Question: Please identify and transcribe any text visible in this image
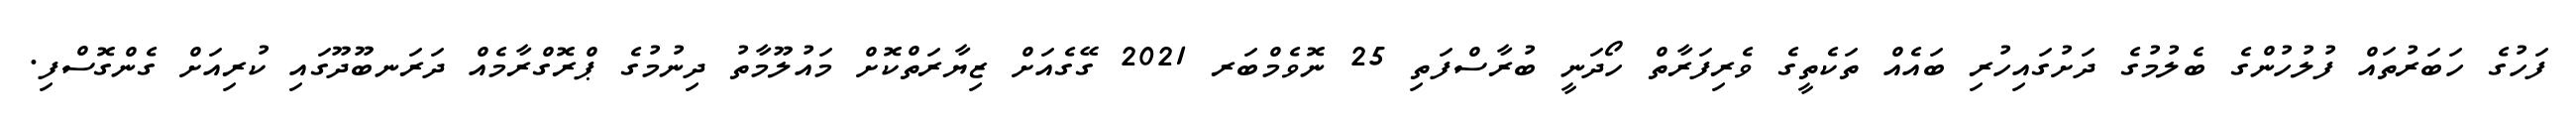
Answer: ފަހުގެ ހަބަރުތައް ފުލުހުންގެ ބެލުމުގެ ދަށުގައިހުރި ބައެއް ތަކެތީގެ ވެރިފަރާތް ހޯދަނީ ބުރާސްފަތި 25 ނޮވެމްބަރ 2021 ގޭގެއަށް ޒިޔާރަތްކޮށް މައުލޫމާތު ދިނުމުގެ ޕްރޮގްރާމެއް ދަރަނބޫދޫގައި ކުރިއަށް ގެންގޮސްފި.